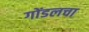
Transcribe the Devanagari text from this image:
गोंडलचा